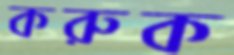
করুক